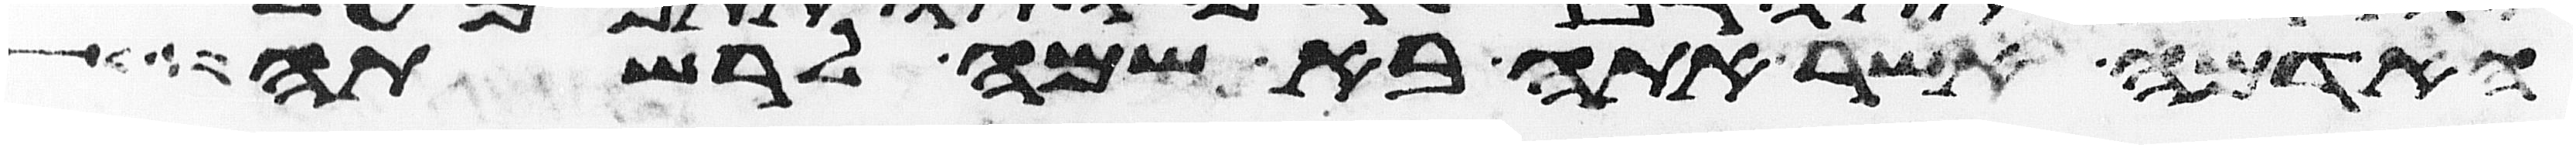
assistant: האדמה אשר אתה בא שמה לרשתה